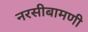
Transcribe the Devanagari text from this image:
नरसीबामणी